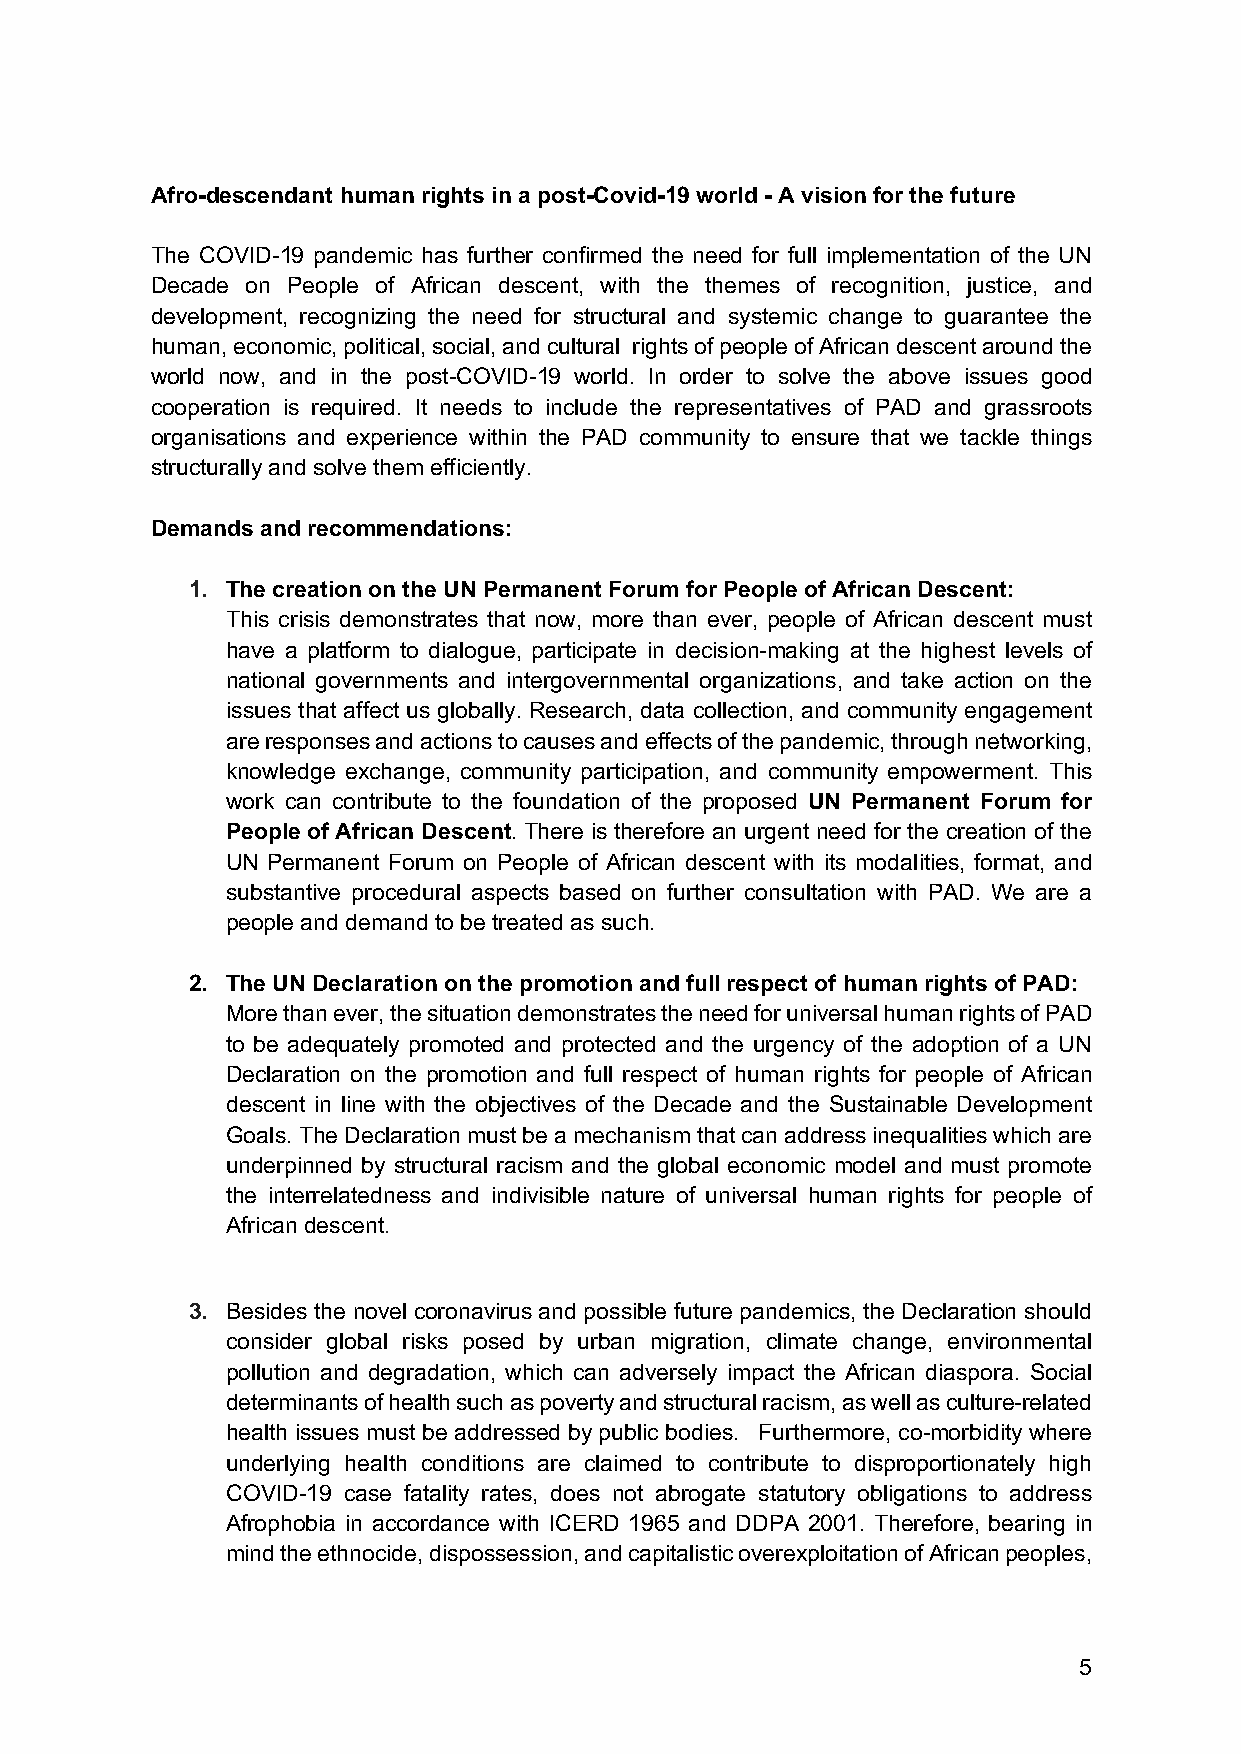
Afro-descendant human rights in a post-Covid-19 world - A vision for the future
 The COVID-19 pandemic has further confirmed the need for full implementation of the UN
 Decade on People of African descent, with the themes of recognition, justice, and
 development, recognizing the need for structural and systemic change to guarantee the
 human, economic, political, social, and cultural rights of people of African descent around the
 world now, and in the post-COVID-19 world. In order to solve the above issues good
 cooperation is required. It needs to include the representatives of PAD and grassroots
 organisations and experience within the PAD community to ensure that we tackle things
 structurally and solve them efficiently.
 Demands and recommendations:
 1. The creation on the UN Permanent Forum for People of African Descent:
 This crisis demonstrates that now, more than ever, people of African descent must
 have a platform to dialogue, participate in decision-making at the highest levels of
 national governments and intergovernmental organizations, and take action on the
 issues that affect us globally. Research, data collection, and community engagement
 are responses and actions to causes and effects of the pandemic, through networking,
 knowledge exchange, community participation, and community empowerment. This
 work can contribute to the foundation of the proposed UN Permanent Forum for
 People of African Descent. There is therefore an urgent need for the creation of the
 UN Permanent Forum on People of African descent with its modalities, format, and
 substantive procedural aspects based on further consultation with PAD. We are a
 people and demand to be treated as such.
 2. The UN Declaration on the promotion and full respect of human rights of PAD:
 More than ever, the situation demonstrates the need for universal human rights of PAD
 to be adequately promoted and protected and the urgency of the adoption of a UN
 Declaration on the promotion and full respect of human rights for people of African
 descent in line with the objectives of the Decade and the Sustainable Development
 Goals. The Declaration must be a mechanism that can address inequalities which are
 underpinned by structural racism and the global economic model and must promote
 the interrelatedness and indivisible nature of universal human rights for people of
 African descent.
 3. Besides the novel coronavirus and possible future pandemics, the Declaration should
 consider global risks posed by urban migration, climate change, environmental
 pollution and degradation, which can adversely impact the African diaspora. Social
 determinants of health such as poverty and structural racism, as well as culture-related
 health issues must be addressed by public bodies. Furthermore, co-morbidity where
 underlying health conditions are claimed to contribute to disproportionately high
 COVID-19 case fatality rates, does not abrogate statutory obligations to address
 Afrophobia in accordance with ICERD 1965 and DDPA 2001. Therefore, bearing in
 mind the ethnocide, dispossession, and capitalistic overexploitation of African peoples,
 5